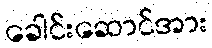
ခေါင်းဆောင်အား